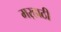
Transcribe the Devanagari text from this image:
मर्‍हाठी